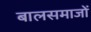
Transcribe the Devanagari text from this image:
बालसमाजों